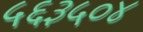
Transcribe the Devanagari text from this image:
५६३५०४